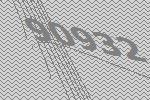
90932